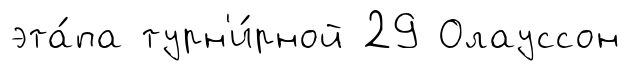
эта́па турн'и́рной 29 Олауссон